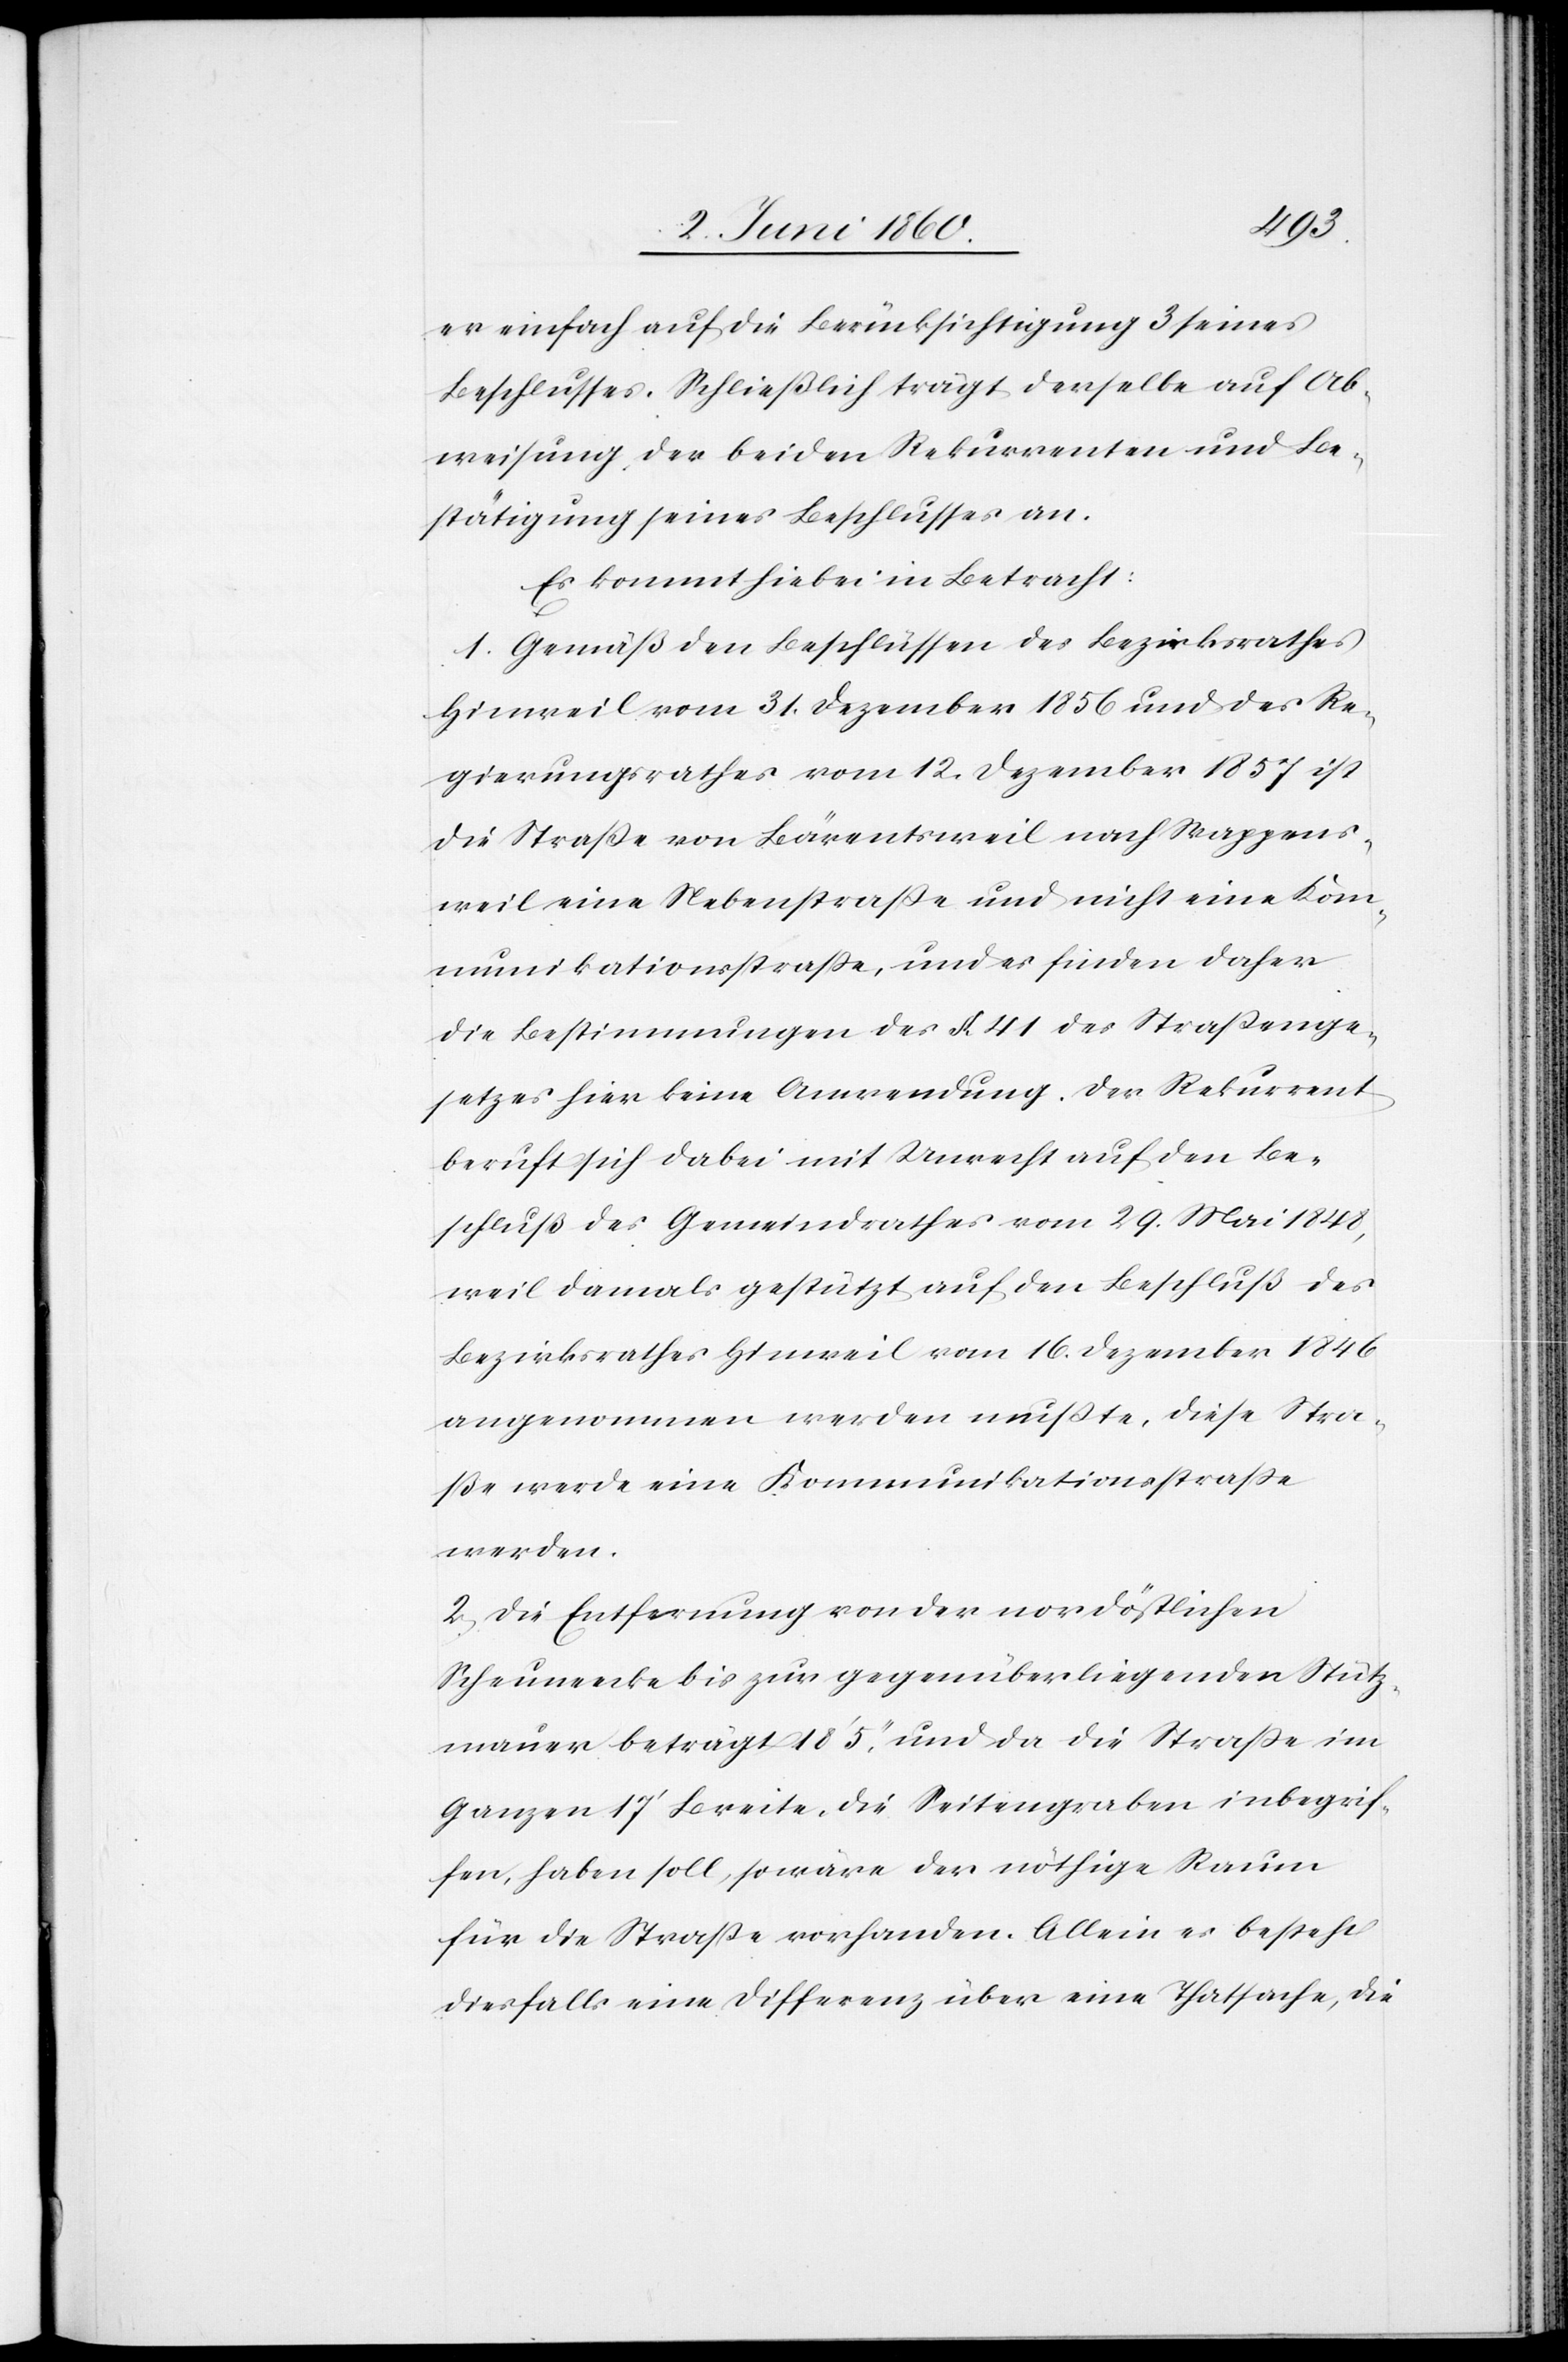
er einfach auf die Berücksichtigung 3 seines
Beschlusses. Schließlich trägt derselbe auf Ab¬
weisung der beiden Rekurrenten und Be¬
stätigung seines Beschlusses an.
Es kommt hiebei in Betracht:
1. Gemäß den Beschlüssen des Bezirksrathes
Hinweil vom 31. Dezember 1856 und des Re¬
gierungsrathes vom 12. Dezember 1857 ist
die Strasse von Bärentsweil nach Wappens¬
weil eine Nebenstrasse und nicht eine Kom¬
munikationsstrasse, und es finden daher
die Bestimmungen des §. 41. des Strassenge¬
setzes hier keine Anwendung. Der Rekurrent
beruft sich dabei mit Unrecht auf den Be¬
schluß des Gemeindrathes vom 29. Mai 1848,
weil damals gestützt auf den Beschluß des
Bezirksrathes Hinweil vom 16. Dezember 1846
angenommen werden musste, diese Stra¬
ße werde eine Kommunikationsstrasse
werden.
2. Die Entfernung von der nordöstlichen
Scheuneecke bis zur gegenüberliegenden Stütz¬
mauer beträgt 18’ 5’’, und da die Strasse im
Ganzen 17’ Breite, die Seitengraben inbegrif¬
fen, haben soll, so wäre der nöthige Raum
für die Strasse vorhanden. Allein es besteht
diesfalls eine Differenz über eine Thatsache, die